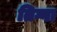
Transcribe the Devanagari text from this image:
तिग्गा